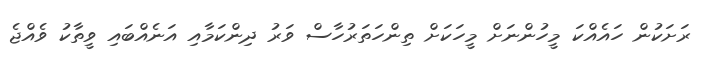
ރަށަކުން ހައެއްކަ މީހުންނަށް މީހަކަށް ތިންހަތަރުހާސް ވަރު ދިންކަމާއި އަނެއްބައި ވީތާކު ވެއްޖެ